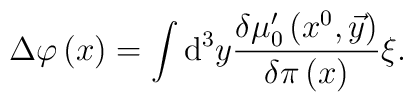
\Delta \varphi \left( x\right) =\int \mathrm{d}^{3}y\frac{\delta \mu_{0}^{\prime }\left( x^{0},\vec{y}\right) }{\delta \pi \left( x\right) }\xi .